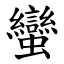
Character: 蠻